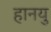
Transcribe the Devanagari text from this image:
हानयु